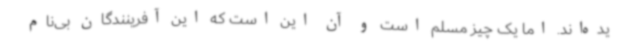
یده‌اند. اما یک چیز مسلم است و آن این است که این آفرینندگان بی‌نام